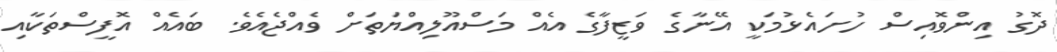
ދޮގު އިންވޮއިސް ހުށައެޅުމަކީ އޭނާގެ ވަޒީފާގެ އެއް މަސްއޫލިއްޔަތަށް ވެއްޖެއެވެ. ބައެއް އޮފީސްތަކާއި